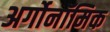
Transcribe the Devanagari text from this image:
अर्गोनॉमिक